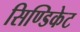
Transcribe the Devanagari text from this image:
सिण्डिकेट